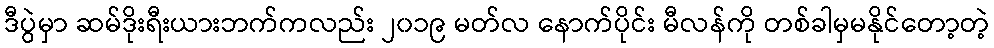
ဒီပွဲမှာ ဆမ်ဒိုးရီးယားဘက်ကလည်း ၂၀၁၉ မတ်လ နောက်ပိုင်း မီလန်ကို တစ်ခါမှမနိုင်တော့တဲ့